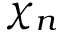
\chi _ { n }